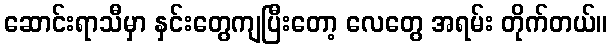
ဆောင်းရာသီမှာ နှင်းတွေကျပြီးတော့ လေတွေ အရမ်း တိုက်တယ်။